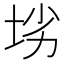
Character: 𱖢